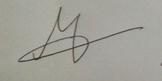
Signature authenticity: genuine